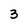
Character: 3